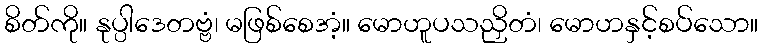
စိတ်ကို။ နုပ္ပါဒေတဗ္ဗံ၊ မဖြစ်စေအံ့။ မောဟူပသညှိတံ၊ မောဟနှင့်စပ်သော။